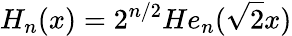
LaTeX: H_{n}(x)=2^{n/2}He_{n}(\sqrt{2}x)